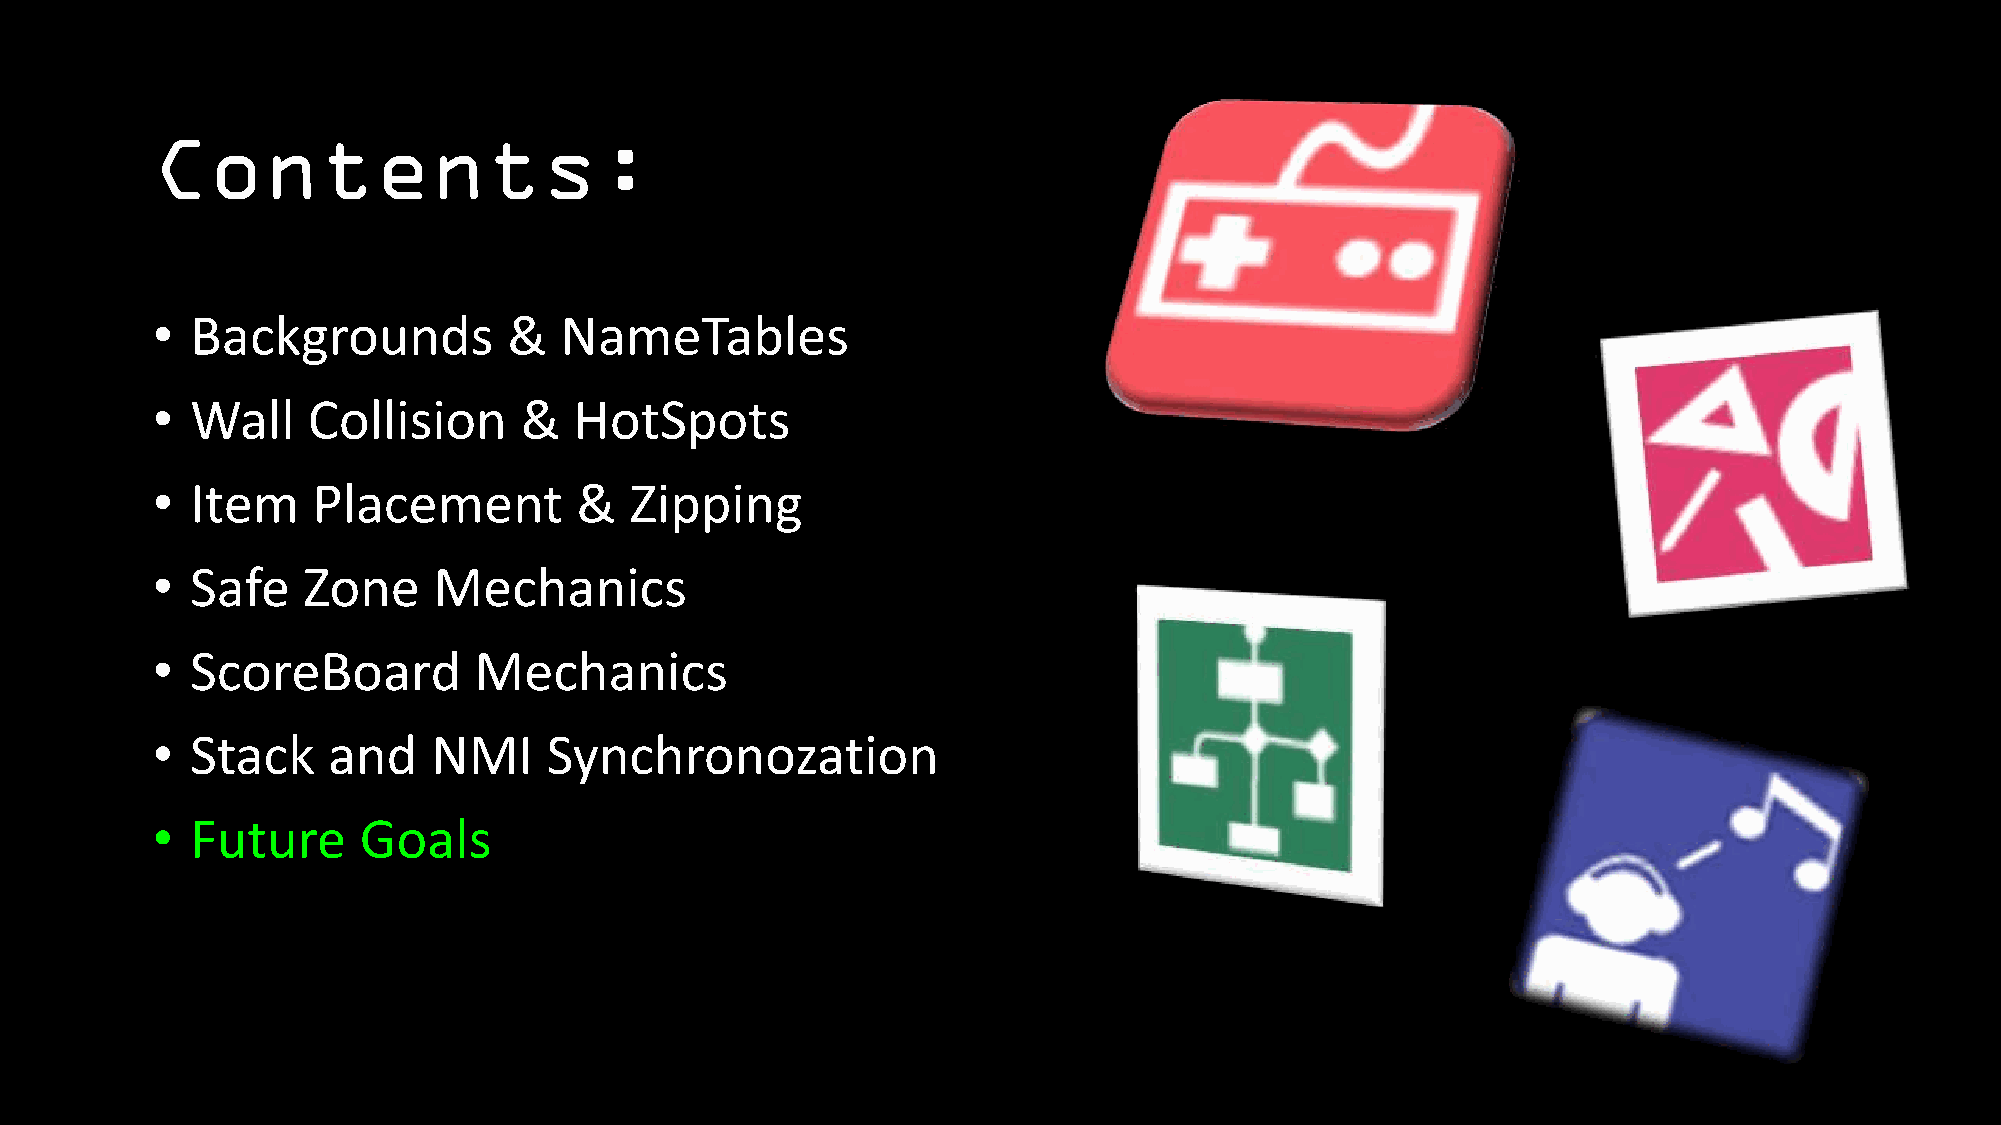
Contents:
 •  Backgrounds          &  NameTables
 •  Wall   Collision     &   HotSpots
 •  Item    Placement        &   Zipping
 •  Safe   Zone     Mechanics
 •  ScoreBoard        Mechanics
 •  Stack    and    NMI    Synchronozation
 •  Future     Goals